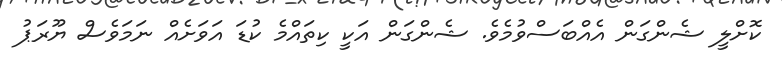
ކޮށްލީ ޝެންގަން އެއްބަސްވުމެވެ. ޝެންގަން އަކީ ކިތައްމެ ކުޑަ އަވަށެއް ނަމަވެސް ޔޫރަޕު